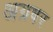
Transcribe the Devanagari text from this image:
अग्रषर